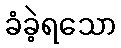
ခံခဲ့ရသော